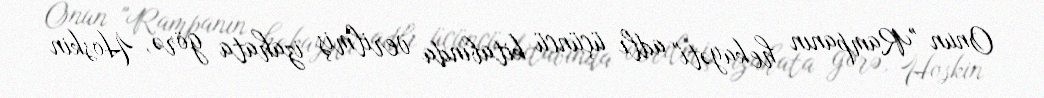
Onun "Rampanın hekayəti" adlı üçüncü kitabında verilmiş izahata görə, Hoskin